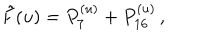
\tilde { F } ( u ) = P _ { 7 } ^ { ( u ) } + P _ { 1 6 } ^ { ( u ) } \, ,